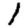
Digit: 1